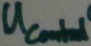
Text: UControl